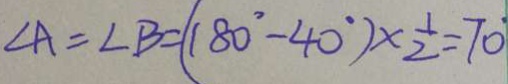
\angle A = \angle B = ( 1 8 0 ^ { \circ } - 4 0 ^ { \circ } ) \times \frac { 1 } { 2 } = 7 0